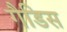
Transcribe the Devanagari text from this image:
गैडिस